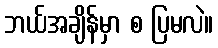
ဘယ်အချိန်မှာ စ ပြမလဲ။